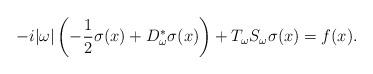
LaTeX: \begin{align*} -i|\omega|\left(-\frac{1}{2}\sigma(x)+ D^*_\omega\sigma(x)\right) +T_\omega S_\omega \sigma(x) = f(x). \end{align*}